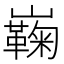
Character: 巈